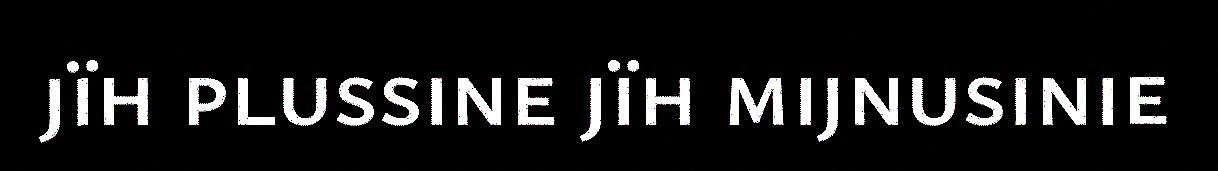
jïh plussine jïh mijnusinie